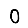
Digit: 0